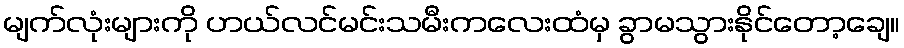
မျက်လုံးများကို ဟယ်လင်မင်းသမီးကလေးထံမှ ခွာမသွားနိုင်တော့ချေ။